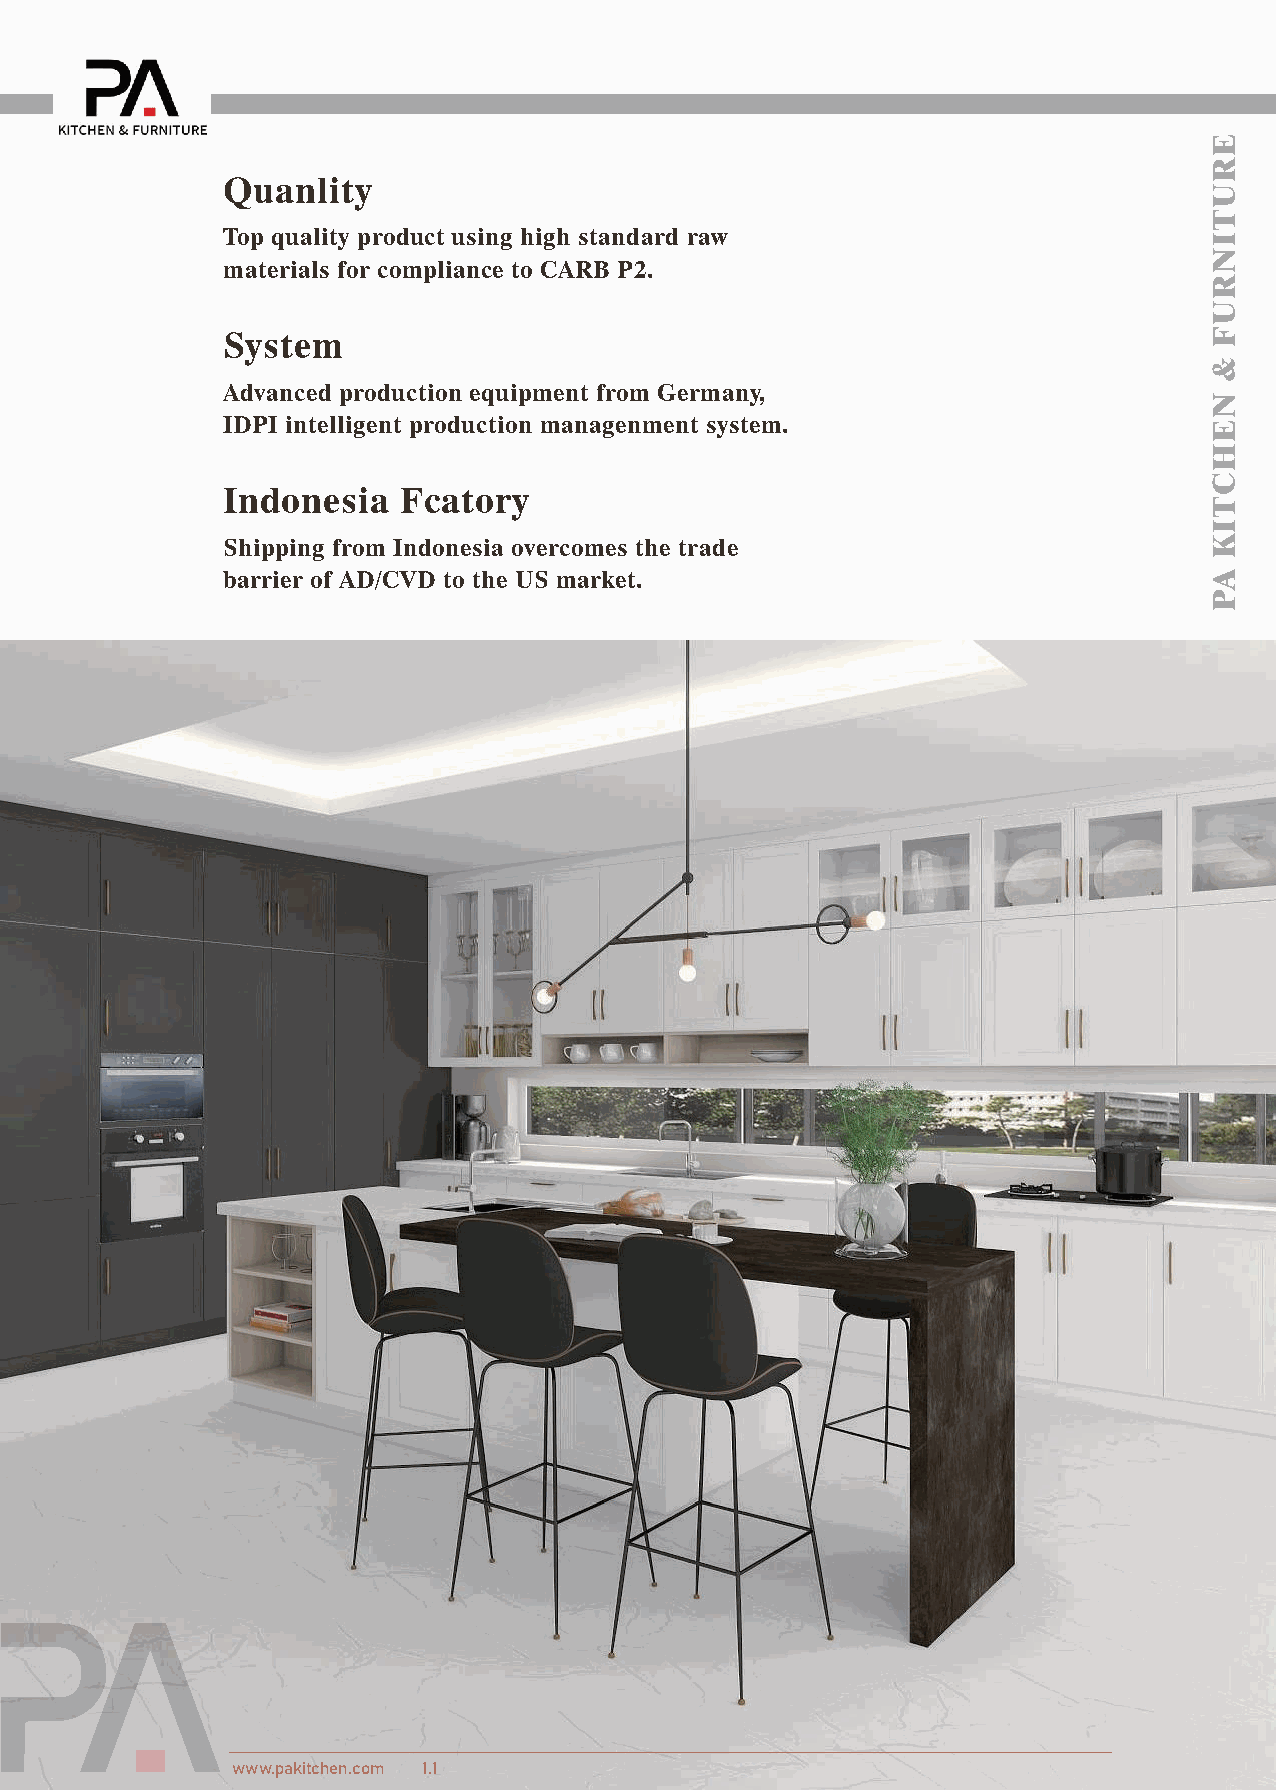
Quanlity
 Top quality product using high standard raw
 materials for compliance to CARB P2.
 System
 Advanced production equipment from Germany,
 IDPI intelligent production managenment system.
 Indonesia   Fcatory
 Shipping from Indonesia overcomes the trade
 barrier of AD/CVD to the US market.
 PA     KITCHEN
 Cabinet     Specification      Guidebook
 www.pakitchen.com 1.1
 ERUTINRUF
 &
 NEHCTIK
 AP